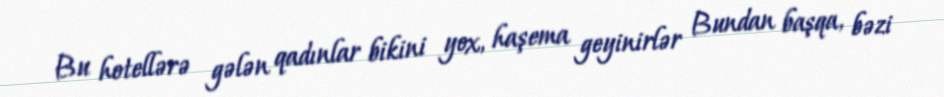
Bu hotellərə gələn qadınlar bikini yox, haşema geyinirlər Bundan başqa, bəzi